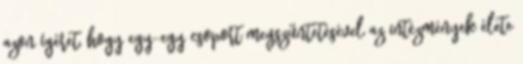
azon ígéret, hogy egy-egy csoport megszűntetésével az intézmények élete